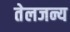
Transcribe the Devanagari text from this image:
तेलजन्य